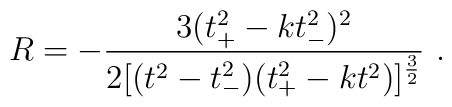
R = - \frac{3(t_+^2 - k t_-^2)^2}{2 [ (t^2 -t_-^2)(t_+^2 - kt^2)]^{\frac{3}{2}}} \ .